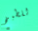
للطبخ